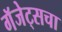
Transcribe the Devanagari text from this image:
गॅजेट्सचा